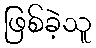
ဖြစ်ခဲ့သူ